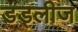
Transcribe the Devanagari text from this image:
डड्लीज